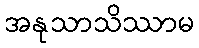
အနုသာသိဿာမ